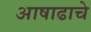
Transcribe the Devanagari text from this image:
आषाढाचे